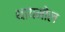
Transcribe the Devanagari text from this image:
थायमोल